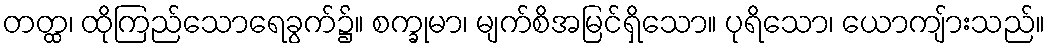
တတ္ထ၊ ထိုကြည်သောရေခွက်၌။ စက္ခုမာ၊ မျက်စိအမြင်ရှိသော။ ပုရိသော၊ ယောကျ်ားသည်။